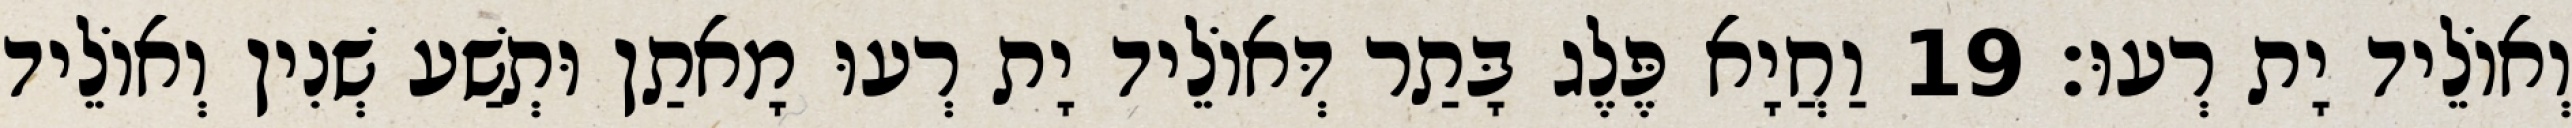
וְאוֹלֵיד יָת רְעוּ׃ 19 וַחֲיָא פֶּלֶג בָּתַר דְּאוֹלֵיד יָת רְעוּ מָאתַן וּתְשַׁע שְׁנִין וְאוֹלֵיד